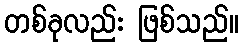
တစ်ခုလည်း ဖြစ်သည်။